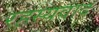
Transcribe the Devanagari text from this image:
रहस्‍यवाद